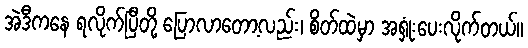
အဲဒီကနေ ရလိုက်ပြီတို့ ပြောလာတော့လည်း၊ စိတ်ထဲမှာ အရှုံးပေးလိုက်တယ်။